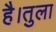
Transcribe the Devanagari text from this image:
है।तुला